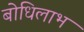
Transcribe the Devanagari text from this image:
बोधिलाभ